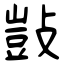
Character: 敱